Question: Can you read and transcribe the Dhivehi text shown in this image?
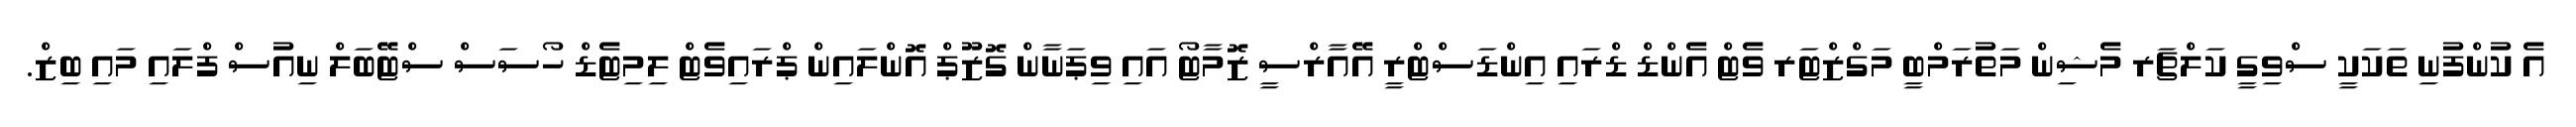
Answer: އެ ކުންފުނި ތަކަކީ ސްވިގީ ކަލްޗަރ މެޝިން މަތުރަމްބީ މަގްޒްޓަރ ވެޓް އެންޑް ޑްރައި އިންޑަސްޓްރީ އޭއާރްސީ ޒޮމާޓޯ އައި ވިޕަނާން ގޮޒޫޕް އޮންލައިން ޕްރައިވެޓް ލިމިޓެޑް ހޯސަސް ސްޓޭބަލް ނިއުސް ފްލައި މައި ބިޒް.